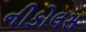
નીકોલસ